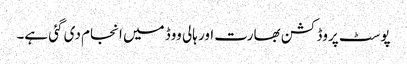
پوسٹ پروڈکشن بھارت اور ہالی ووڈ میں انجام دی گئی ہے۔